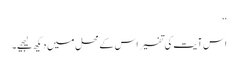
‘‘
اس آیت کی تفسیر اس کے محل میں دیکھ لیجیے۔